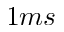
1 m s